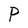
Character: P